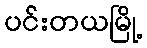
ပင်းတယမြို့